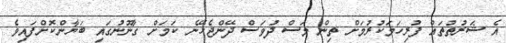
އެ ޝަރުތުތައް ފުރިހަމަކުރުމަށް ތިން މަސް ދުވަސް ދޭންޖެހޭނެ ކަމަށް ގާނޫނުގައި ބަޔާންކޮށްފައިވެ